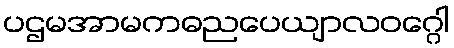
ပဌမအာမကဓညပေယျာလဝဂ္ဂေါ